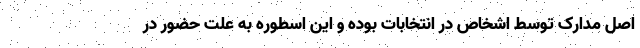
اصل مدارک توسط اشخاص در انتخابات بوده و این اسطوره به علت حضور در